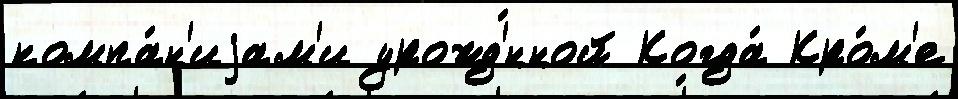
компа́н'иjам'и урожд'́нной Когда́ Кро́м'е